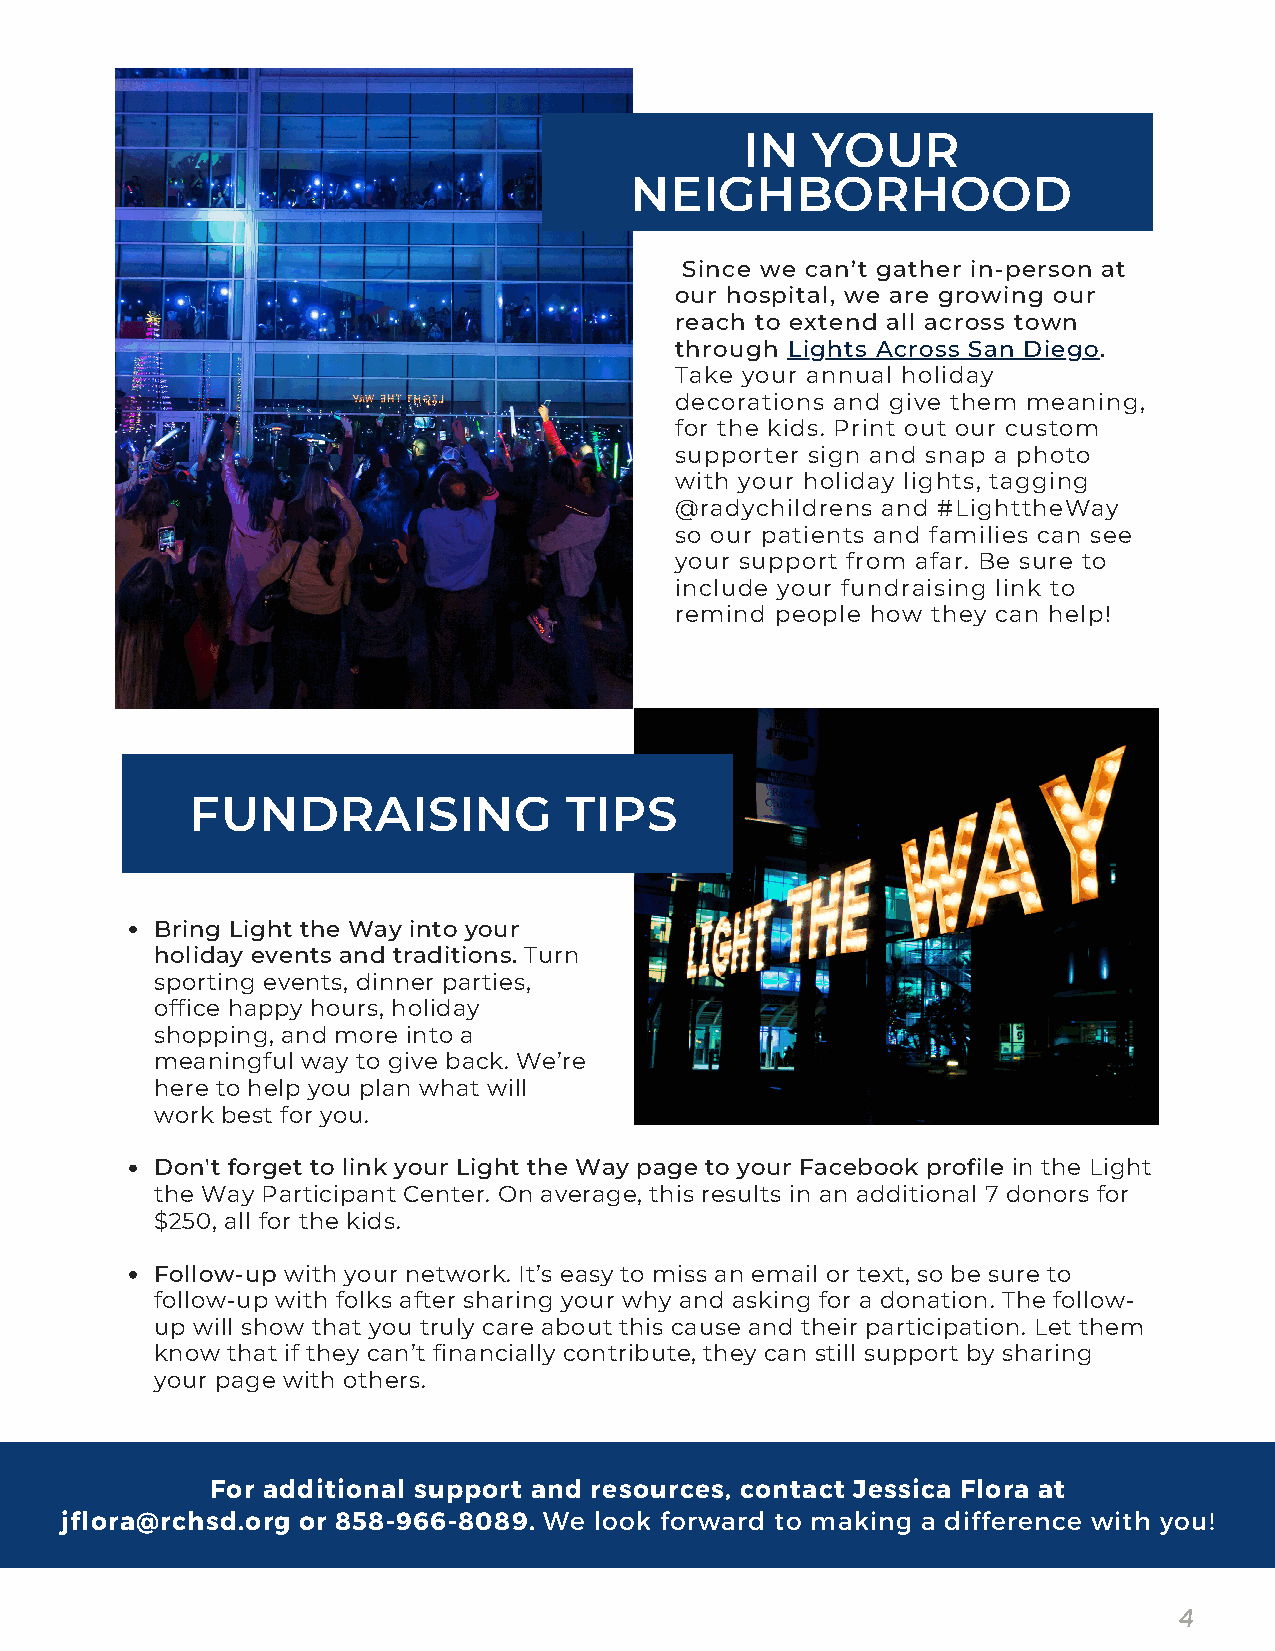
IN   YOUR
 NEIGHBORHOOD
 Since we can’t gather in-person at
 our hospital, we are growing our
 reach to extend all across town
 through Lights Across San Diego.
 Take your annual holiday
 decorations and give them meaning,
 for the kids. Print out our custom
 supporter sign and snap a photo
 with your holiday lights, tagging
 @radychildrens and #LighttheWay
 so our patients and families can see
 your support from afar. Be sure to
 include your fundraising link to
 remind people how they can help!
 FUNDRAISING             TIPS
 Bring Light the Way into your
 holiday events and traditions. Turn
 sporting events, dinner parties,
 office happy hours, holiday
 shopping, and more into a
 meaningful way to give back. We’re
 here to help you plan what will
 work best for you.
 Don't forget to link your Light the Way page to your Facebook profile in the Light
 the Way Participant Center. On average, this results in an additional 7 donors for
 $250, all for the kids.
 Follow-up with your network. It’s easy to miss an email or text, so be sure to
 follow-up with folks after sharing your why and asking for a donation. The follow-
 up will show that you truly care about this cause and their participation. Let them
 know that if they can’t financially contribute, they can still support by sharing
 your page with others.
 For additional support and resources, contact Jessica Flora at
 jflora@rchsd.org or 858-966-8089. We look forward to making a difference with you!
 4